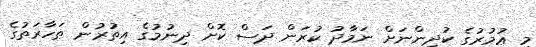
މި ޢުމުރުގެ ކުދިންނަށް ނަމާދު ކުރަން ދަސް ކޮށް ދިނުމުގެ އިތުރުން ޠަހާރަތުގެ